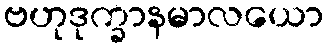
ဗဟုဒုက္ခာနမာလယော